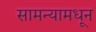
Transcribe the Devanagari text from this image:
सामन्यामधून